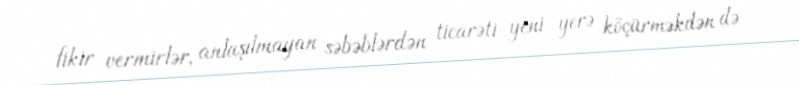
fikir vermirlər, anlaşılmayan səbəblərdən ticarəti yeni yerə köçürməkdən də